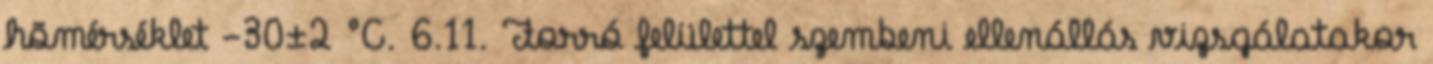
hõmérséklet -30±2 °C. 6.11. Forró felülettel szembeni ellenállás vizsgálatakor